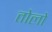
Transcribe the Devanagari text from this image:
तोलों